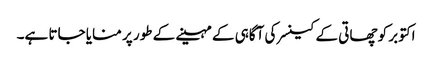
اکتوبر کو چھاتی کے کینسر کی آگاہی کے مہینے کے طور پر منایا جاتا ہے۔